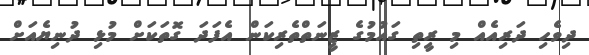
ދިވެހި ދަރިއެއް މި ރީތި ގައުމުގެ ޒީނަތްތެރިކަން އެފަދަ ގޮތަކަށް މުޅި ދުނިޔެއަށް